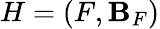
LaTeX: H=\left(F,\mathbf{B}_{F}\right)